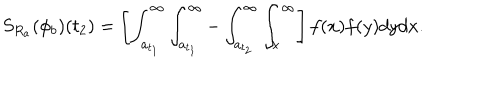
S _ { R _ { a } } ( \phi _ { b } ) ( t _ { 2 } ) = \left[ \int _ { a _ { t _ { 1 } } } ^ { \infty } \int _ { a _ { t _ { 1 } } } ^ { \infty } - \int _ { a _ { t _ { 2 } } } ^ { \infty } \int _ { x } ^ { \infty } \right] f ( x ) f ( y ) d y d x .